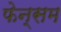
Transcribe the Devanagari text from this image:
फेन्सम